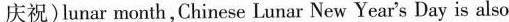
庆祝) lunar month,Chinese Lunar New Year's Day is also